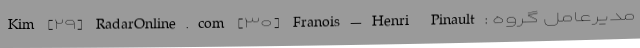
Kim [۲۹] RadarOnline.com [۳۰] Franois-Henri Pinault: مدیرعامل گروه